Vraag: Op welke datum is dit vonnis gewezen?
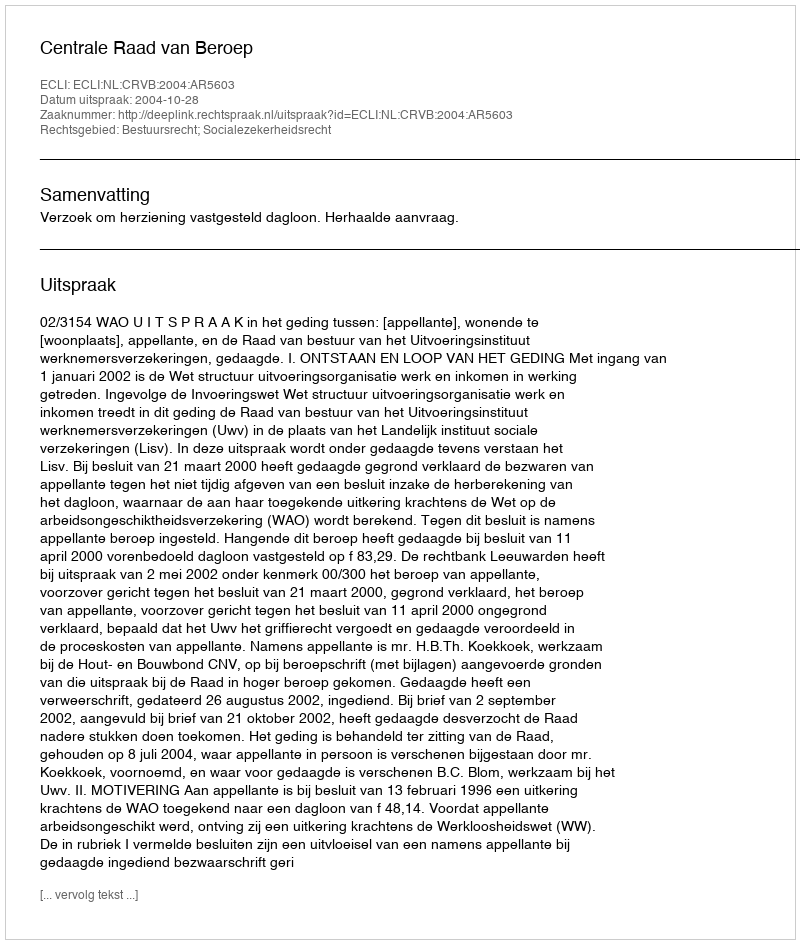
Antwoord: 2004-10-28